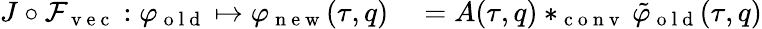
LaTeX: \begin{array}{rl}{J\circ\mathcal{F}_{\mathrm{~v~e~c~}}:\varphi_{\mathrm{~o~l~d~}}\mapsto\varphi_{\mathrm{~n~e~w~}}(\tau,q)}&{{}=A(\tau,q)*_{\mathrm{~c~o~n~v~}}\tilde{\varphi}_{\mathrm{~o~l~d~}}(\tau,q)}\end{array}